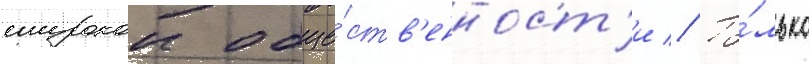
широкои обще́ств'енност'и // То́лько